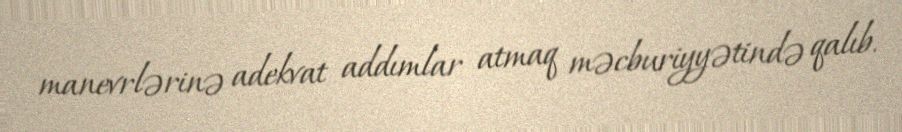
manevrlərinə adekvat addımlar atmaq məcburiyyətində qalıb.